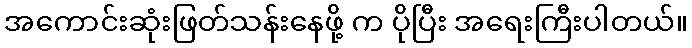
အကောင်းဆုံးဖြတ်သန်းနေဖို့ က ပိုပြီး အရေးကြီးပါတယ်။